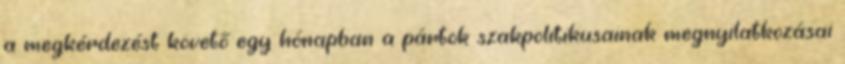
a megkérdezést követő egy hónapban a pártok szakpolitikusainak megnyilatkozásai